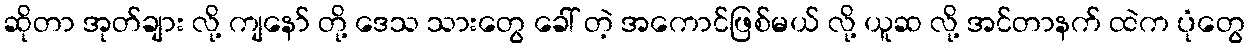
ဆိုတာ အုတ်ချား လို့ ကျနော် တို့ ဒေသ သားတွေ ခေါ် တဲ့ အကောင်ဖြစ်မယ် လို့ ယူဆ လို့ အင်တာနက် ထဲက ပုံတွေ